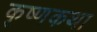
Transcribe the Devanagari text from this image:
कृष्णकथा